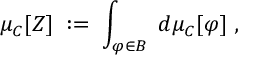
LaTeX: \mu _ { C } [ Z ] \; : = \; \int _ { \varphi \in B } \; d \mu _ { C } [ \varphi ] \; ,